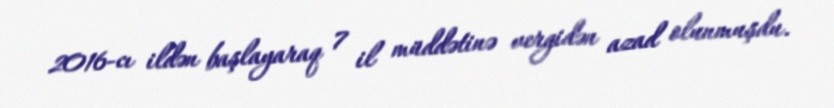
2016-cı ildən başlayaraq 7 il müddətinə vergidən azad olunmuşdu.